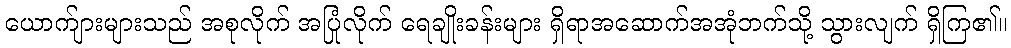
ယောက်ျားများသည် အစုလိုက် အပြုံလိုက် ရေချိုးခန်းများ ရှိရာအဆောက်အအုံဘက်သို့ သွားလျက် ရှိကြ၏။